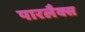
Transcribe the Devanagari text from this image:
पारलैक्स